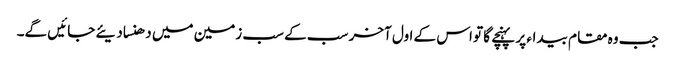
جب وہ مقام بیداء پر پہنچے گا تو اس کے اول آخر سب کے سب زمین میں دھنسا دیئے جائیں گے۔